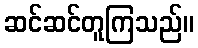
ဆင်ဆင်တူကြသည်။